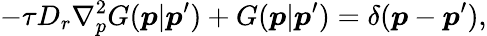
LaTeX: -\tau D_{r}\nabla_{p}^{2}G(\boldsymbol{p}|\boldsymbol{p}^{\prime})+G(\boldsymbol{p}|\boldsymbol{p}^{\prime})=\delta(\boldsymbol{p}-\boldsymbol{p}^{\prime}),